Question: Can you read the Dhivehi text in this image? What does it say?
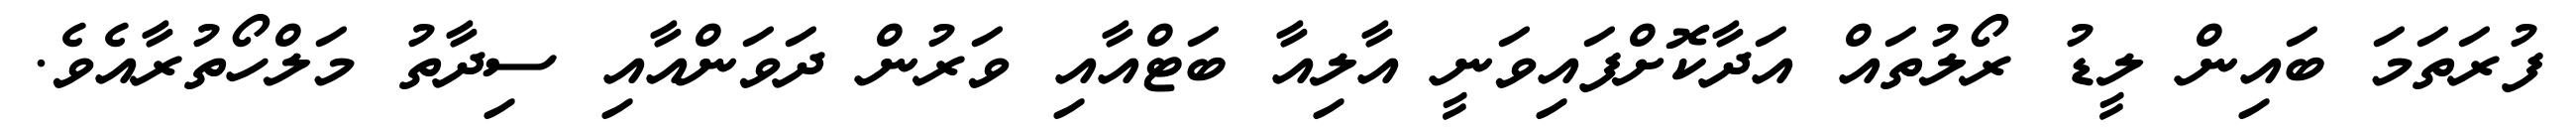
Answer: ފުރަތަމަ ބައިން ލީޑު ރޯލުތައް އަދާކޮށްފައިވަނީ އާލިއާ ބަޓްއާއި ވަރުން ދަވަންއާއި ސިދާތު މަލްހޯތުރާއެވެ.